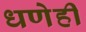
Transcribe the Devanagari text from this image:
धणेही